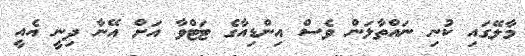
މާލޭގައި ކުނި ނައްތާލަން ވެސް އިންޑިއާގެ ޓަޓްވާ އަށް އޭނާ ދިނީ އެއީ